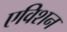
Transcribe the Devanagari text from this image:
एविशन